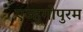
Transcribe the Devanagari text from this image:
एज्हुगोपुरम